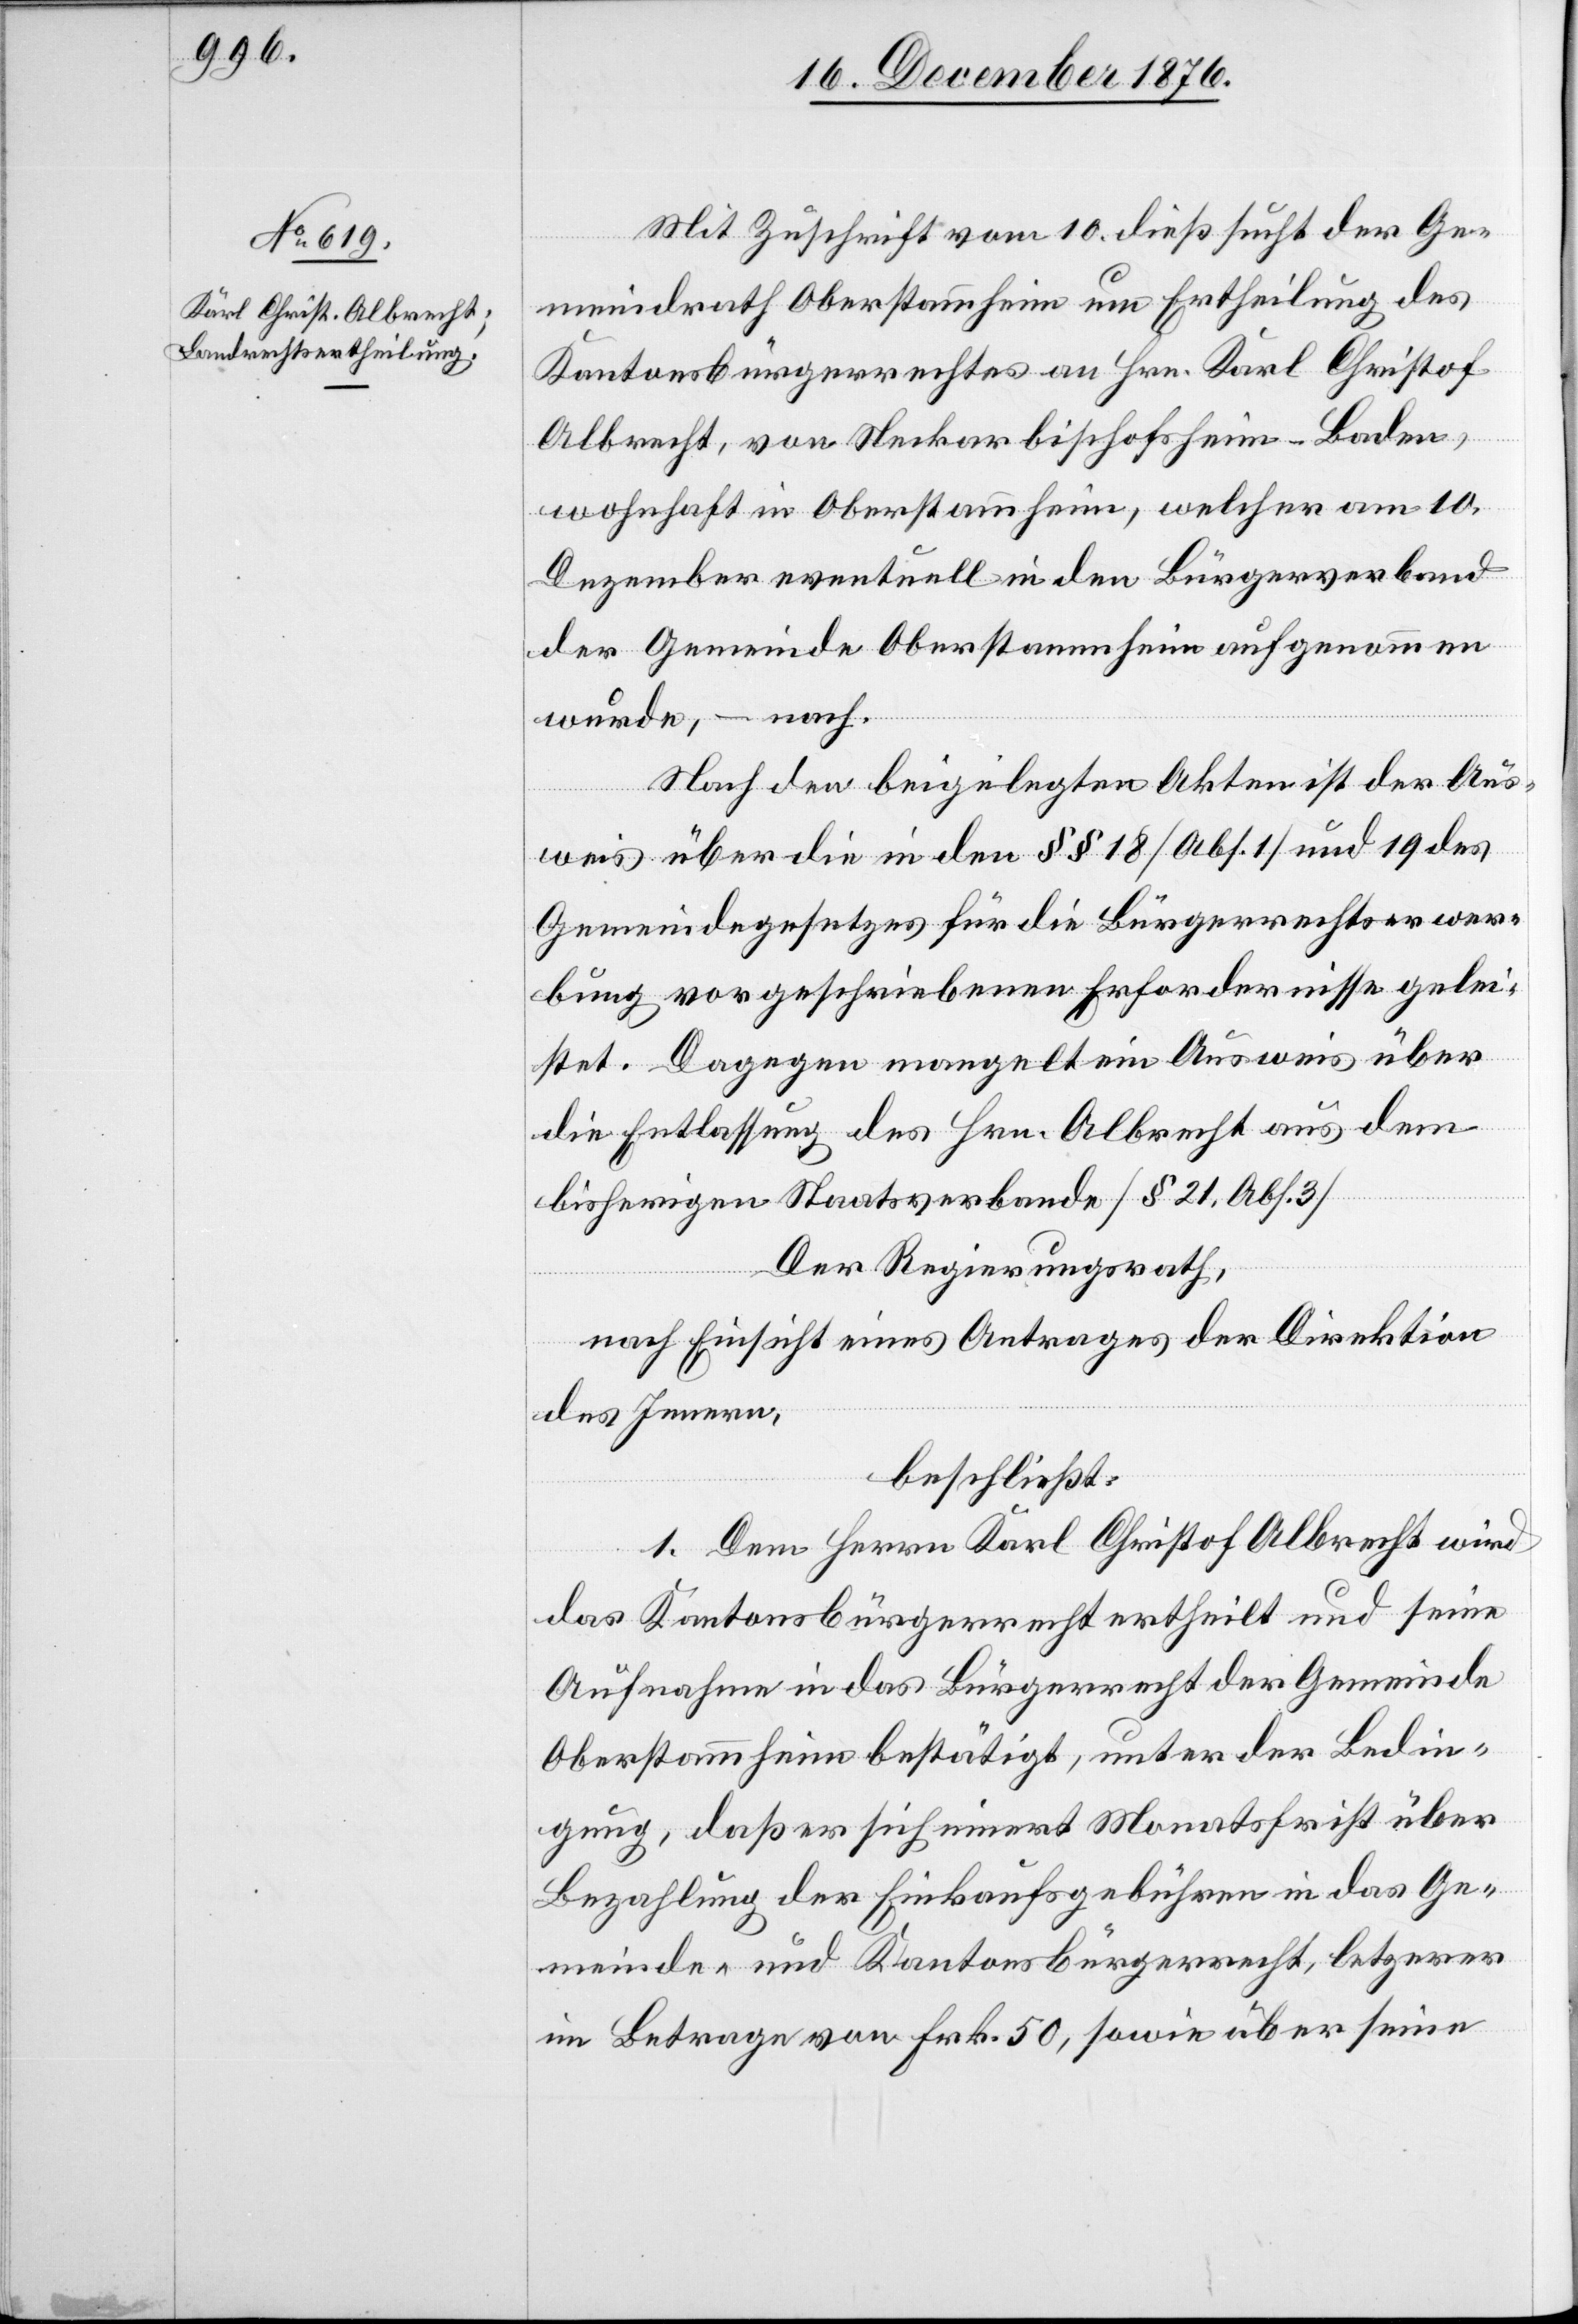
Mit Zuschrift vom 10. dieß sucht der Ge¬
meindrath Oberstammheim um Ertheilung des
Kantonsbürgerrechtes an Hrn. Karl Christof
Albrecht, von Neckerbischofsheim - Baden,
wohnhaft in Oberstammheim, welcher am 10.
Dezember eventuell in den Bürgerverband
der Gemeinde Oberstammheim aufgenommen
wurde, – nach.
Nach den beigelegten Akten ist der Aus¬
weis über die in den §§ 18 [Abs. 1] und 19 des
Gemeindegesetzes für die Bürgerrechtserwer¬
bung vorgeschriebenen Erfordernisse gelei¬
stet. Dagegen mangelt ein Ausweis über
die Entlassung des Hrn. Albrecht aus dem
bisherigen Staatsverbande [§ 21, Abs.
Der Regierungsrath,
nach Einsicht eines Antrages der Direktion
des Innern,
beschließt:
1. Dem Herrn Karl Christof Albrecht wird
das Kantonsbürgerrecht ertheilt und seine
Aufnahme in das Bürgerrecht der Gemeinde
Oberstammheim bestätigt, unter der Bedin¬
gung, daß er sich innert Monatsfrist über
Bezahlung der Einkaufsgebühren in das Ge¬
meinde- und Kantonsbürgerrecht, letzterer
im Betrage von Frk. 50, sowie über seine